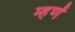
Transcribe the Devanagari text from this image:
म्हणें